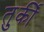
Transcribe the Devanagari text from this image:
तुर्कीं